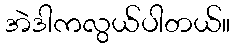
အဲဒါကလွယ်ပါတယ်။